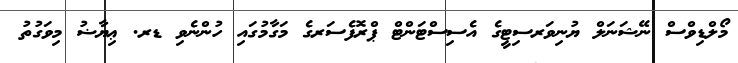
މޯލްޑިވްސް ނޭޝަނަލް ޔުނިވަރސިޓީގެ އެސިސްޓަންޓް ޕްރޮފެސަރގެ މަގާމުގައި ހުންނެވި ޑރ. ޢިޔާޟު މިވަގުތު